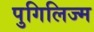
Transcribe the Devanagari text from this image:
पुगिलिज्म